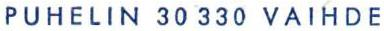
PUHELIN 30 330 VAIHDE